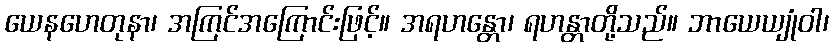
ယေနဟေတုနာ၊ အကြင်အကြောင်းဖြင့်။ အရဟန္တော၊ ရဟန္တာတို့သည်။ ဘာယေယျုံဝါ၊